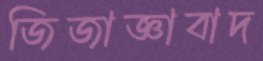
জিজাজ্ঞাবাদ